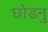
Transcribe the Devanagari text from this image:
छोडनु